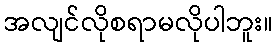
အလျင်လိုစရာမလိုပါဘူး။